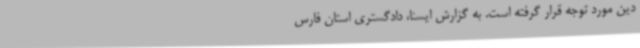
دین مورد توجه قرار گرفته است. به گزارش ایسنا، دادگستری استان فارس